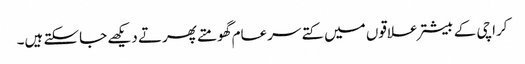
کراچی کے بیشتر علاقوں میں کتے سرعام گھومتے پھرتے دیکھے جاسکتے ہیں۔